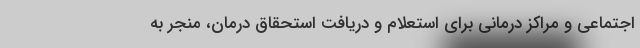
اجتماعی و مراکز درمانی برای استعلام و دریافت استحقاق درمان، منجر به